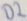
Text: D2